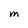
Character: m